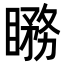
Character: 𥊦